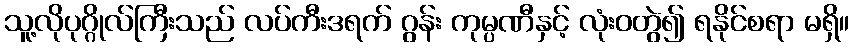
သူ့လိုပုဂ္ဂိုလ်ကြီးသည် လပ်ကီးဒရက် ဂွန်း ကုမ္ပဏီနှင့် လုံးဝတွဲ၍ ရနိုင်စရာ မရှိ။